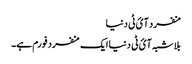
منفرد آئ ٹی دنیا
بلاشبہ آئ ٹی دنیا ایک منفرد فورم ہے۔